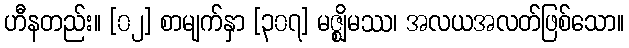
ဟီနတည်း။ [၀၂] စာမျက်နှာ [၃၀၇] မဇ္ဈိမဿ၊ အလယအလတ်ဖြစ်သော။